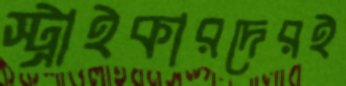
স্ট্রাইকারদেরই